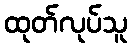
ထုတ်လုပ်သူ